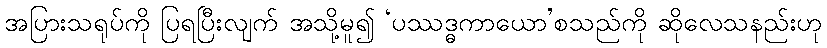
အပြားသရုပ်ကို ပြရပြီးလျက် အသို့မူ၍ ‘ပဿဒ္ဓကာယော’စသည်ကို ဆိုလေသနည်းဟု